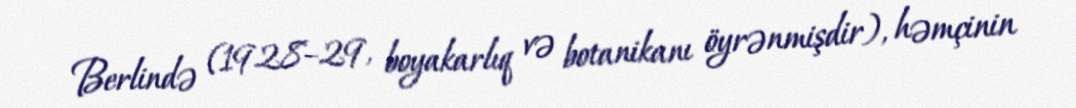
Berlində (1928–29, boyakarlıq və botanikanı öyrənmişdir), həmçinin